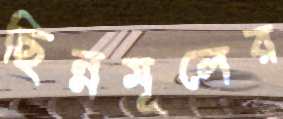
ছিন্নমূলের